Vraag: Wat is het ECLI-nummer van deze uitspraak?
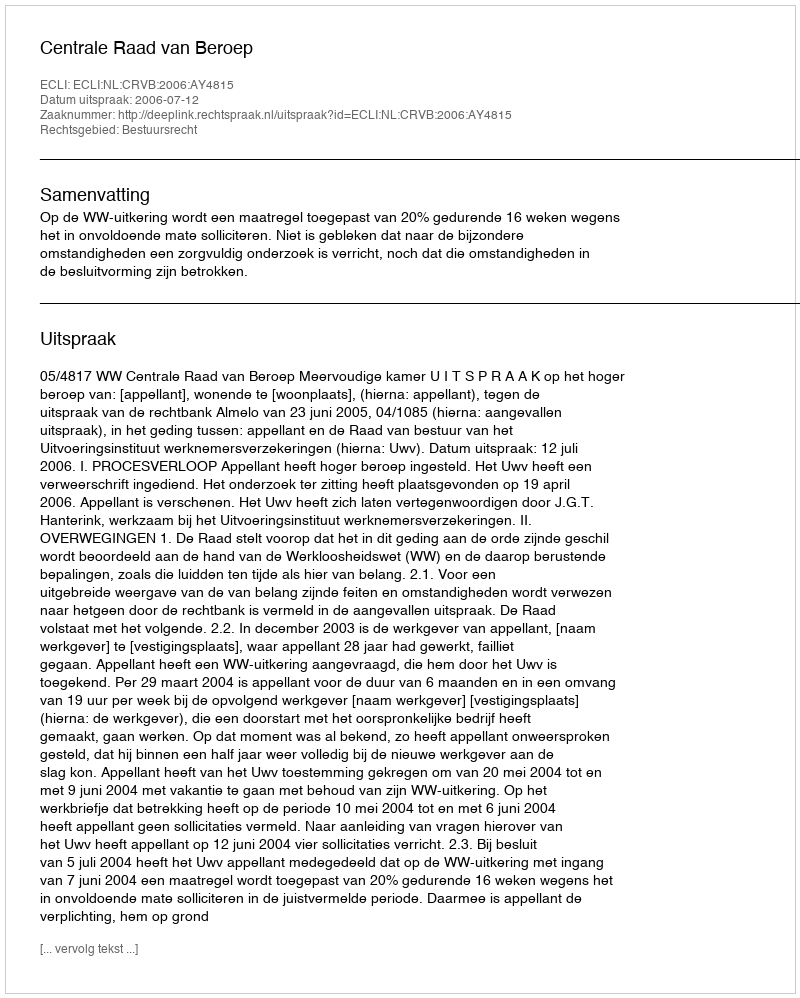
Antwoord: ECLI:NL:CRVB:2006:AY4815